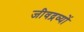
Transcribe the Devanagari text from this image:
जीवद्रव्यों